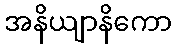
အနိယျာနိကော